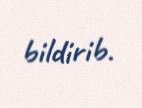
bildirib.